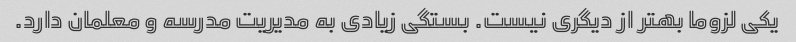
یکی لزوما بهتر از دیگری نیست. بستگی زیادی به مدیریت مدرسه و معلمان دارد.